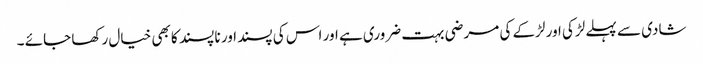
شادی سے پہلے لڑکی اور لڑکے کی مرضی بہت ضروری ہے اور اس کی پسند اور نا پسند کا بھی خیال رکھا جائے ۔